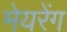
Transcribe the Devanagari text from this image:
मेयरेंग